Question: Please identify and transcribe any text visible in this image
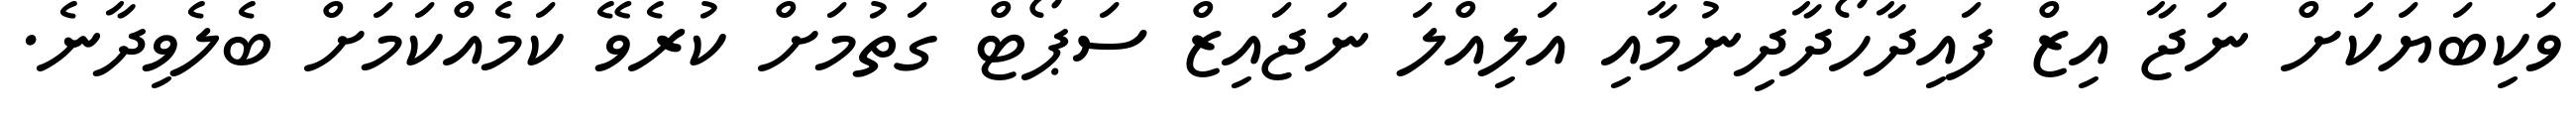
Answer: ވަކިބަޔަކަށް ނަޖާ އިޒް ފައިދާހޯދާދިނުމާއި އަލިއްލަ ނަޖައިޒް ސަޕޯޓް ގަތުމަށް ކުރެވޭ ކަމެއްކަމަށް ބެލެވިދާނެ.